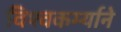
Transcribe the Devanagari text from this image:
विश्वकर्म्याने